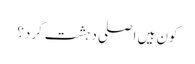
کون ہیں اصلی دہشت گرد؟